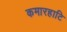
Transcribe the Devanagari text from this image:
कमारहाटि